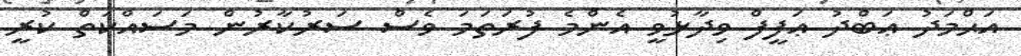
އަޙްމަދު ޢަބްދު ޢަފީފް ވިދާޅުވީ އެންމެ ފުރަތަމަ ވެސް ސަރުކާރުން މަސައްކަތް ކުރީ